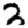
Digit: 2